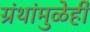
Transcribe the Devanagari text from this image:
ग्रंथांमुळेही